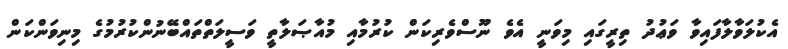
އެކުލަވާލާފައިވާ ވަޢުދު ތިރީގައި މިވަނީ އެވެ ނޫސްވެރިކަން ކުރުމާއި މުއާޞަލާތީ ވަސީލަތްތައްބޭނުންކުރުމުގެ މިނިވަންކަން